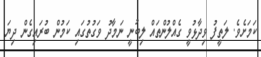
ކަމަށެވެ. ލަތީފު ވިދާޅުވީ ގެއްލުންތައް ލިބުނީ ނަމާދު ވަގުތުގައި ކަމުން ބުރައިގެން ދިޔަ